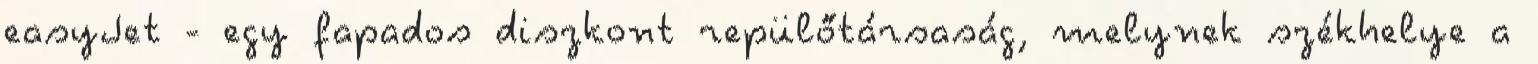
easyJet - egy fapados diszkont repülőtársaság, melynek székhelye a